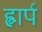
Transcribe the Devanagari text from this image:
ह्वार्प